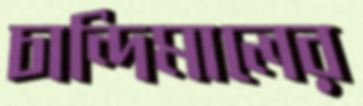
চান্দিমালের